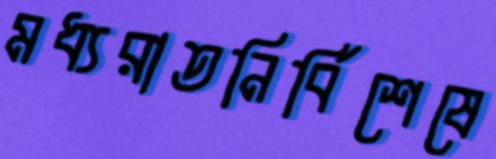
মধ্যরাতনির্বিশেষে